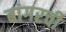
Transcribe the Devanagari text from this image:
बांगरची